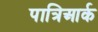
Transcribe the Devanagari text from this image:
पात्रिआर्क